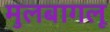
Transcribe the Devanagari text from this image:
मुलबागलू